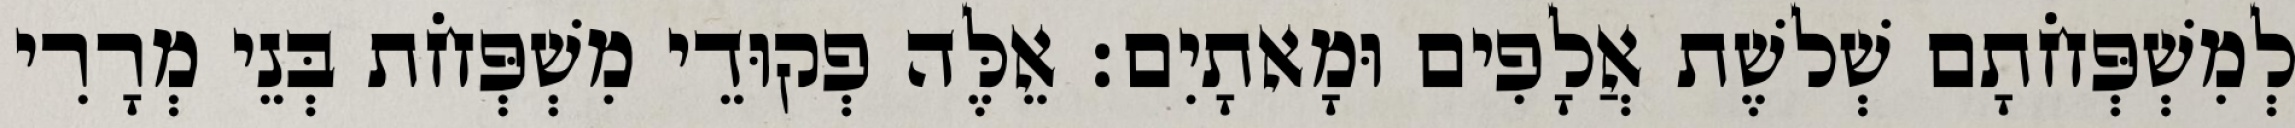
לְמִשְׁפְּחֹתָם שְׁלשֶׁת אֲלָפִים וּמָאתָיִם׃ אֵלֶּה פְקוּדֵי מִשְׁפְּחֹת בְּנֵי מְרָרִי